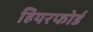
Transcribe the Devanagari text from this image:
हियरफोर्ड